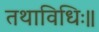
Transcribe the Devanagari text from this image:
तथाविधिः॥